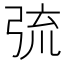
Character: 𢏭